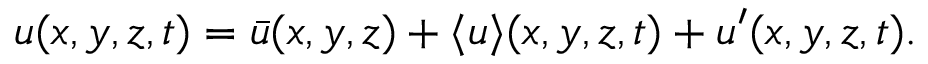
u ( x , y , z , t ) = \bar { u } ( x , y , z ) + \langle u \rangle ( x , y , z , t ) + u ^ { \prime } ( x , y , z , t ) .